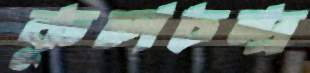
কুলচন্দ্র